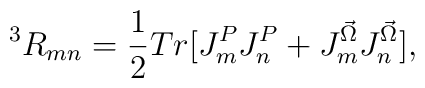
^3R_{mn} = \frac {1}{2}Tr[J^P_mJ^P_n + J^{\vec \Omega}_mJ^{\vec \Omega}_n],